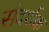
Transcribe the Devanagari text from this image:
संदर्शक